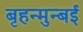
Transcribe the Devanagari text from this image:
बृहन्मुन्बई